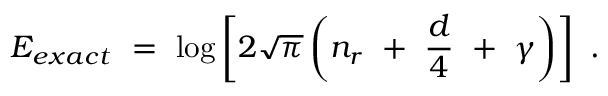
E _ { e x a c t } \ = \ \log \left[ 2 \sqrt { \pi } \left( n _ { r } \ + \ \frac { d } { 4 } \ + \ \gamma \right) \right] \ .